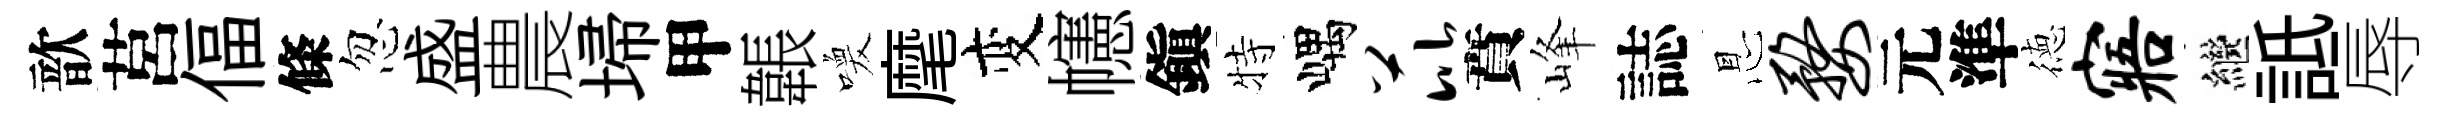
歆莒偪條忽盛農埽甲韔喚麾变幰鎭特嵎芘賁峰誌㤙婺元準徳寤繼詆辱